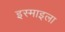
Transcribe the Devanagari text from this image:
इस्माइला